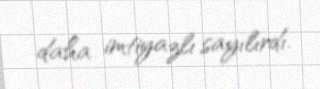
daha imtiyazlı sayılırdı.